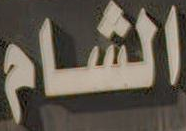
الشام